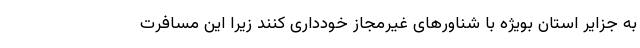
به جزایر استان بویژه با شناورهای غیرمجاز خودداری کنند زیرا این مسافرت